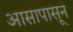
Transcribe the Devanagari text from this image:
आसापासून